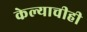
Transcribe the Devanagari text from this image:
केल्याचीही